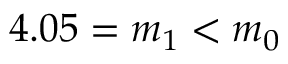
4 . 0 5 = m _ { 1 } < m _ { 0 }